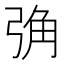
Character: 𢏧